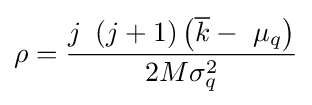
\rho ={\frac {j\ \left(j+1\right)\left({\overline {k}}-\ {\mu }_{q}\right)}{2M{\sigma }_{q}^{2}}}